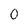
Character: 0